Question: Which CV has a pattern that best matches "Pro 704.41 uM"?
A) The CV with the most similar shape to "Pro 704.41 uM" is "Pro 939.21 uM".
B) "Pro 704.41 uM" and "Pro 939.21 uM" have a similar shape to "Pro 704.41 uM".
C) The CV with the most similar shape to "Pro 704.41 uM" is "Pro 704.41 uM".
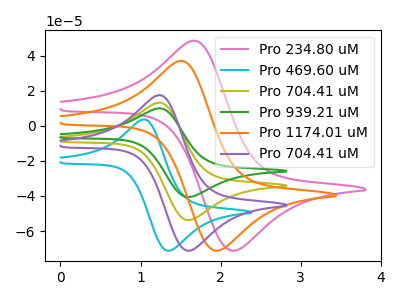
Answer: <think>The pink curve "Pro 234.80 uM" has an anodic peak at (1.70V, 48.50uA) and a cathodic peak at (2.15V, -71.25uA). The cyan curve "Pro 469.60 uM" has an anodic peak at (1.05V, 3.60uA) and a cathodic peak at (1.35V, -71.25uA). The olive curve "Pro 704.41 uM" has an anodic peak at (1.25V, 13.15uA) and a cathodic peak at (1.60V, -53.80uA). The green curve "Pro 939.21 uM" has an anodic peak at (1.25V, 26.35uA) and a cathodic peak at (1.60V, -107.60uA). The orange curve "Pro 1174.01 uM" has an anodic peak at (1.55V, 36.95uA) and a cathodic peak at (1.95V, -71.25uA). The purple curve "Pro 704.41 uM" has an anodic peak at (1.25V, 17.45uA) and a cathodic peak at (1.60V, -71.25uA).
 "Pro 234.80 uM" and "Pro 469.60 uM" have at least one peak that do not match. "Pro 234.80 uM" and "Pro 704.41 uM" have at least one peak that do not match. "Pro 234.80 uM" and "Pro 939.21 uM" have at least one peak that do not match. "Pro 234.80 uM" and "Pro 1174.01 uM" have at least one peak that do not match. "Pro 234.80 uM" and "Pro 704.41 uM" have at least one peak that do not match. "Pro 469.60 uM" and "Pro 704.41 uM" have at least one peak that do not match. "Pro 469.60 uM" and "Pro 939.21 uM" have at least one peak that do not match. "Pro 469.60 uM" and "Pro 1174.01 uM" have at least one peak that do not match. "Pro 469.60 uM" and "Pro 704.41 uM" have at least one peak that do not match. All the peaks in "Pro 704.41 uM" have a peak in "Pro 939.21 uM" at the same potential. Every peak in "Pro 704.41 uM" is lower than every peak in "Pro 939.21 uM". "Pro 704.41 uM" and "Pro 1174.01 uM" have at least one peak that do not match. All the peaks in "Pro 704.41 uM" have a peak in "Pro 704.41 uM" at the same potential. Every peak in "Pro 704.41 uM" is lower than every peak in "Pro 704.41 uM". "Pro 939.21 uM" and "Pro 1174.01 uM" have at least one peak that do not match. All the peaks in "Pro 939.21 uM" have a peak in "Pro 704.41 uM" at the same potential. Every peak in "Pro 939.21 uM" is higher than every peak in "Pro 704.41 uM". "Pro 1174.01 uM" and "Pro 704.41 uM" have at least one peak that do not match.</think>
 <answer>B) "Pro 704.41 uM" and "Pro 939.21 uM" have a similar shape to "Pro 704.41 uM".</answer>
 <eval>B</eval>